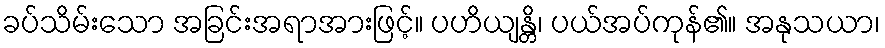
ခပ်သိမ်းသော အခြင်းအရာအားဖြင့်။ ပဟိယျန္တိ၊ ပယ်အပ်ကုန်၏။ အနုသယာ၊